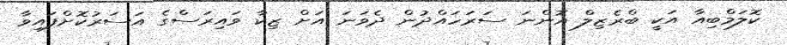
ކޮލަމްބިއާ އަކީ ބްރެޒިލް އޮންނަ ސަރަހައްދުން ދެވަނަ އަށް ޒިކާ ވައިރަސްގެ އަސަރުކޮށްފައިވާ